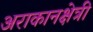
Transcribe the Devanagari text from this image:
अराकानक्षेत्री